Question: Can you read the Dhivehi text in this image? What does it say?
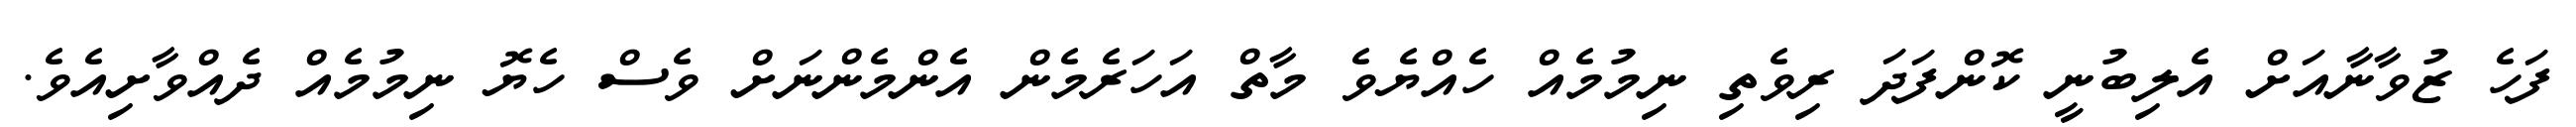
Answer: ފަހެ ޒުވާނާއަށް އެލިބުނީ ކޮންފަދަ ރިވެތި ނިމުމެއް ހެއްޔެވެ މާތް އަހަރެމެން އެންމެންނަށް ވެސް ހެޔޮ ނިމުމެއް ދެއްވާށިއެވެ.